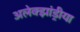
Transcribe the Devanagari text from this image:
अलेक्झांड्रीया